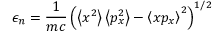
\epsilon _ { n } = \frac { 1 } { m c } \left( \left< x ^ { 2 } \right> \left< p _ { x } ^ { 2 } \right> - \left< x p _ { x } \right> ^ { 2 } \right) ^ { 1 / 2 }